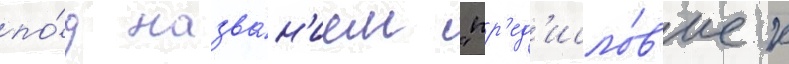
по́д назва́н'ием "пр'ед'исло́в'ие к